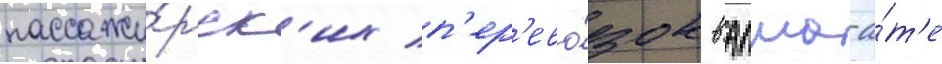
пассажи́рск'их п'ер'ево́зок в алма-а́т'е